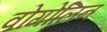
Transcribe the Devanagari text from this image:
वोगोलिन